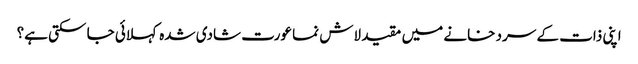
اپنی ذات کے سرد خانے میں مقید لاش نما عورت شادی شدہ کہلائی جا سکتی ہے؟